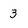
Character: 3